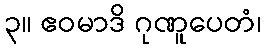
၃။ ဧဝမာဒိ ဂုဏူပေတံ၊